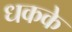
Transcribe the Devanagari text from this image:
धकके